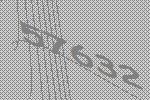
57632